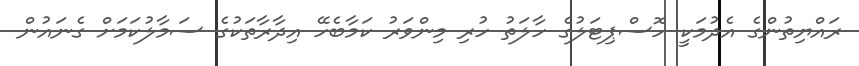
ރައްޔިތުންގެ އެދުމަކީ ހޮސްޕިޓަލުގެ ހާލަތު ހުރި މިންވަރު ކަމާބެހޭ އިދާރާތަކުގެ ސަމާލުކަމަށް ގެނައުން